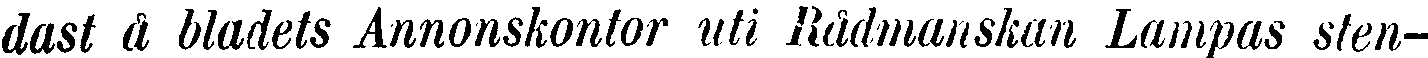
dast å bladets Annonskontor uti Rådmanskan Lampas sten-